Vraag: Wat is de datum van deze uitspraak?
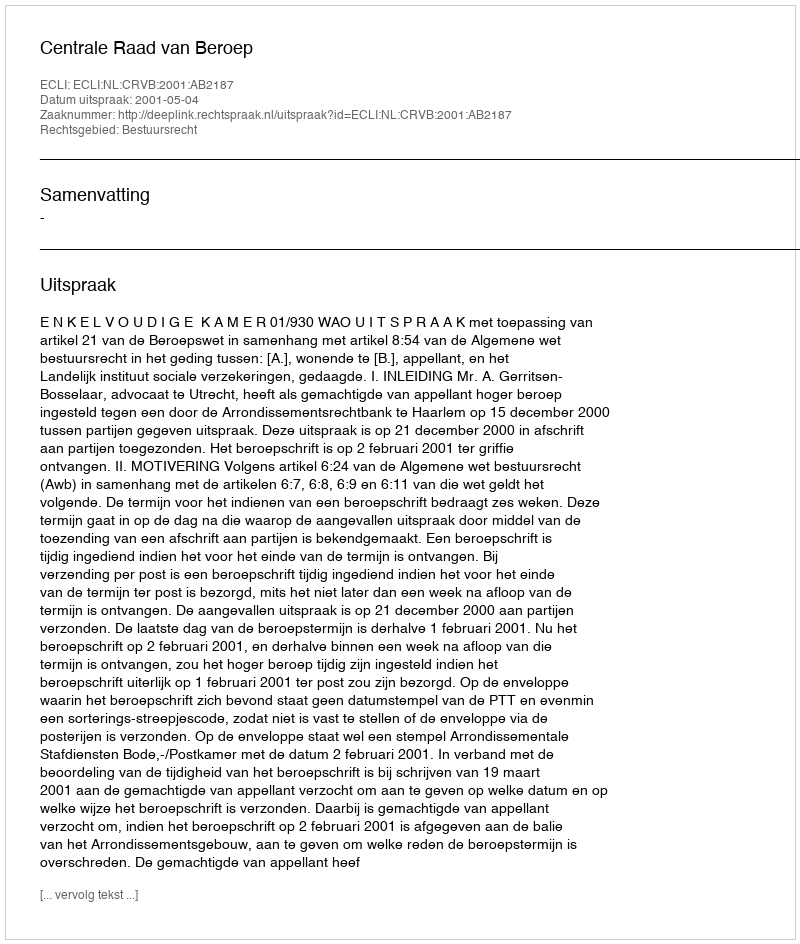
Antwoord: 2001-05-04